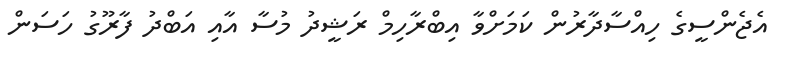
އެޖެންސީގެ ހިއްސާދާރުން ކަމަށްވާ އިބްރާހިމް ރަޝީދު މުސާ އާއި އަބްދު ފާރޫގު ހަސަން